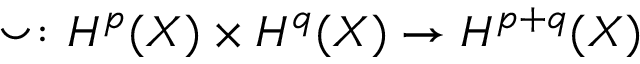
\smile \colon H ^ { p } ( X ) \times H ^ { q } ( X ) \to H ^ { p + q } ( X )